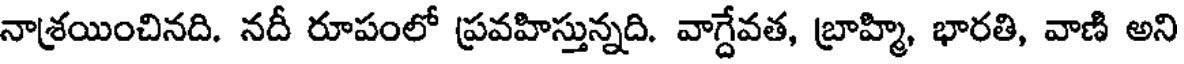
నాశ్రయించినది. నదీ రూపంలో ప్రవహిస్తున్నది. వాగ్దేవత, బ్రాహ్మి, భారతి, వాణి అని